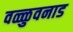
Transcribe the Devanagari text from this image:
वळ्ळुवनाड